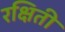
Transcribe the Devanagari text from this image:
रक्षिती